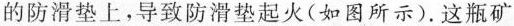
的防滑垫上，导致防滑垫起火(如图所示).这瓶矿